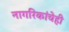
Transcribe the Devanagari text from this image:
नागरिकांचेही